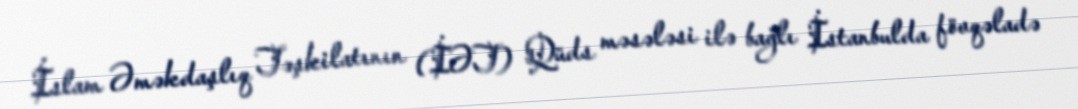
İslam Əməkdaşlıq Təşkilatının (İƏT) Qüds məsələsi ilə bağlı İstanbulda fövqəladə